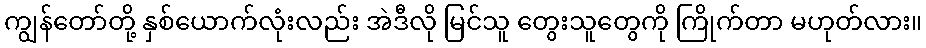
ကျွန်တော်တို့ နှစ်ယောက်လုံးလည်း အဲဒီလို မြင်သူ တွေးသူတွေကို ကြိုက်တာ မဟုတ်လား။